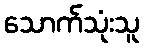
သောက်သုံးသူ